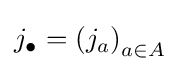
j_{\bullet }=\left(j_{a}\right)_{a\in A}